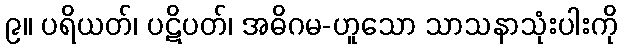
၉။ ပရိယတ်၊ ပဋိပတ်၊ အဓိဂမ-ဟူသော သာသနာသုံးပါးကို